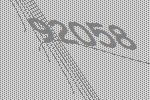
92058